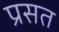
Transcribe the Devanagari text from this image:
प्रसत